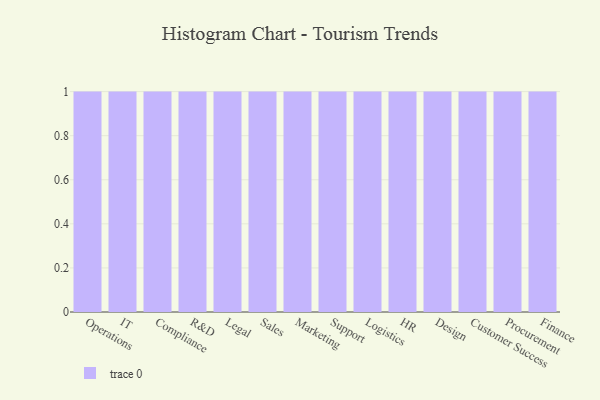
{"axis": {"x": "Department", "y": "Satisfaction Score"}, "legend": [""], "data": [{"x": "Operations", "y": 25, "type": ""}, {"x": "IT", "y": 54, "type": ""}, {"x": "Compliance", "y": 73, "type": ""}, {"x": "R&D", "y": 28, "type": ""}, {"x": "Legal", "y": 49, "type": ""}, {"x": "Sales", "y": 79, "type": ""}, {"x": "Marketing", "y": 48, "type": ""}, {"x": "Support", "y": 49, "type": ""}, {"x": "Logistics", "y": 80, "type": ""}, {"x": "HR", "y": 91, "type": ""}, {"x": "Design", "y": 51, "type": ""}, {"x": "Customer Success", "y": 19, "type": ""}, {"x": "Procurement", "y": 41, "type": ""}, {"x": "Finance", "y": 52, "type": ""}]}